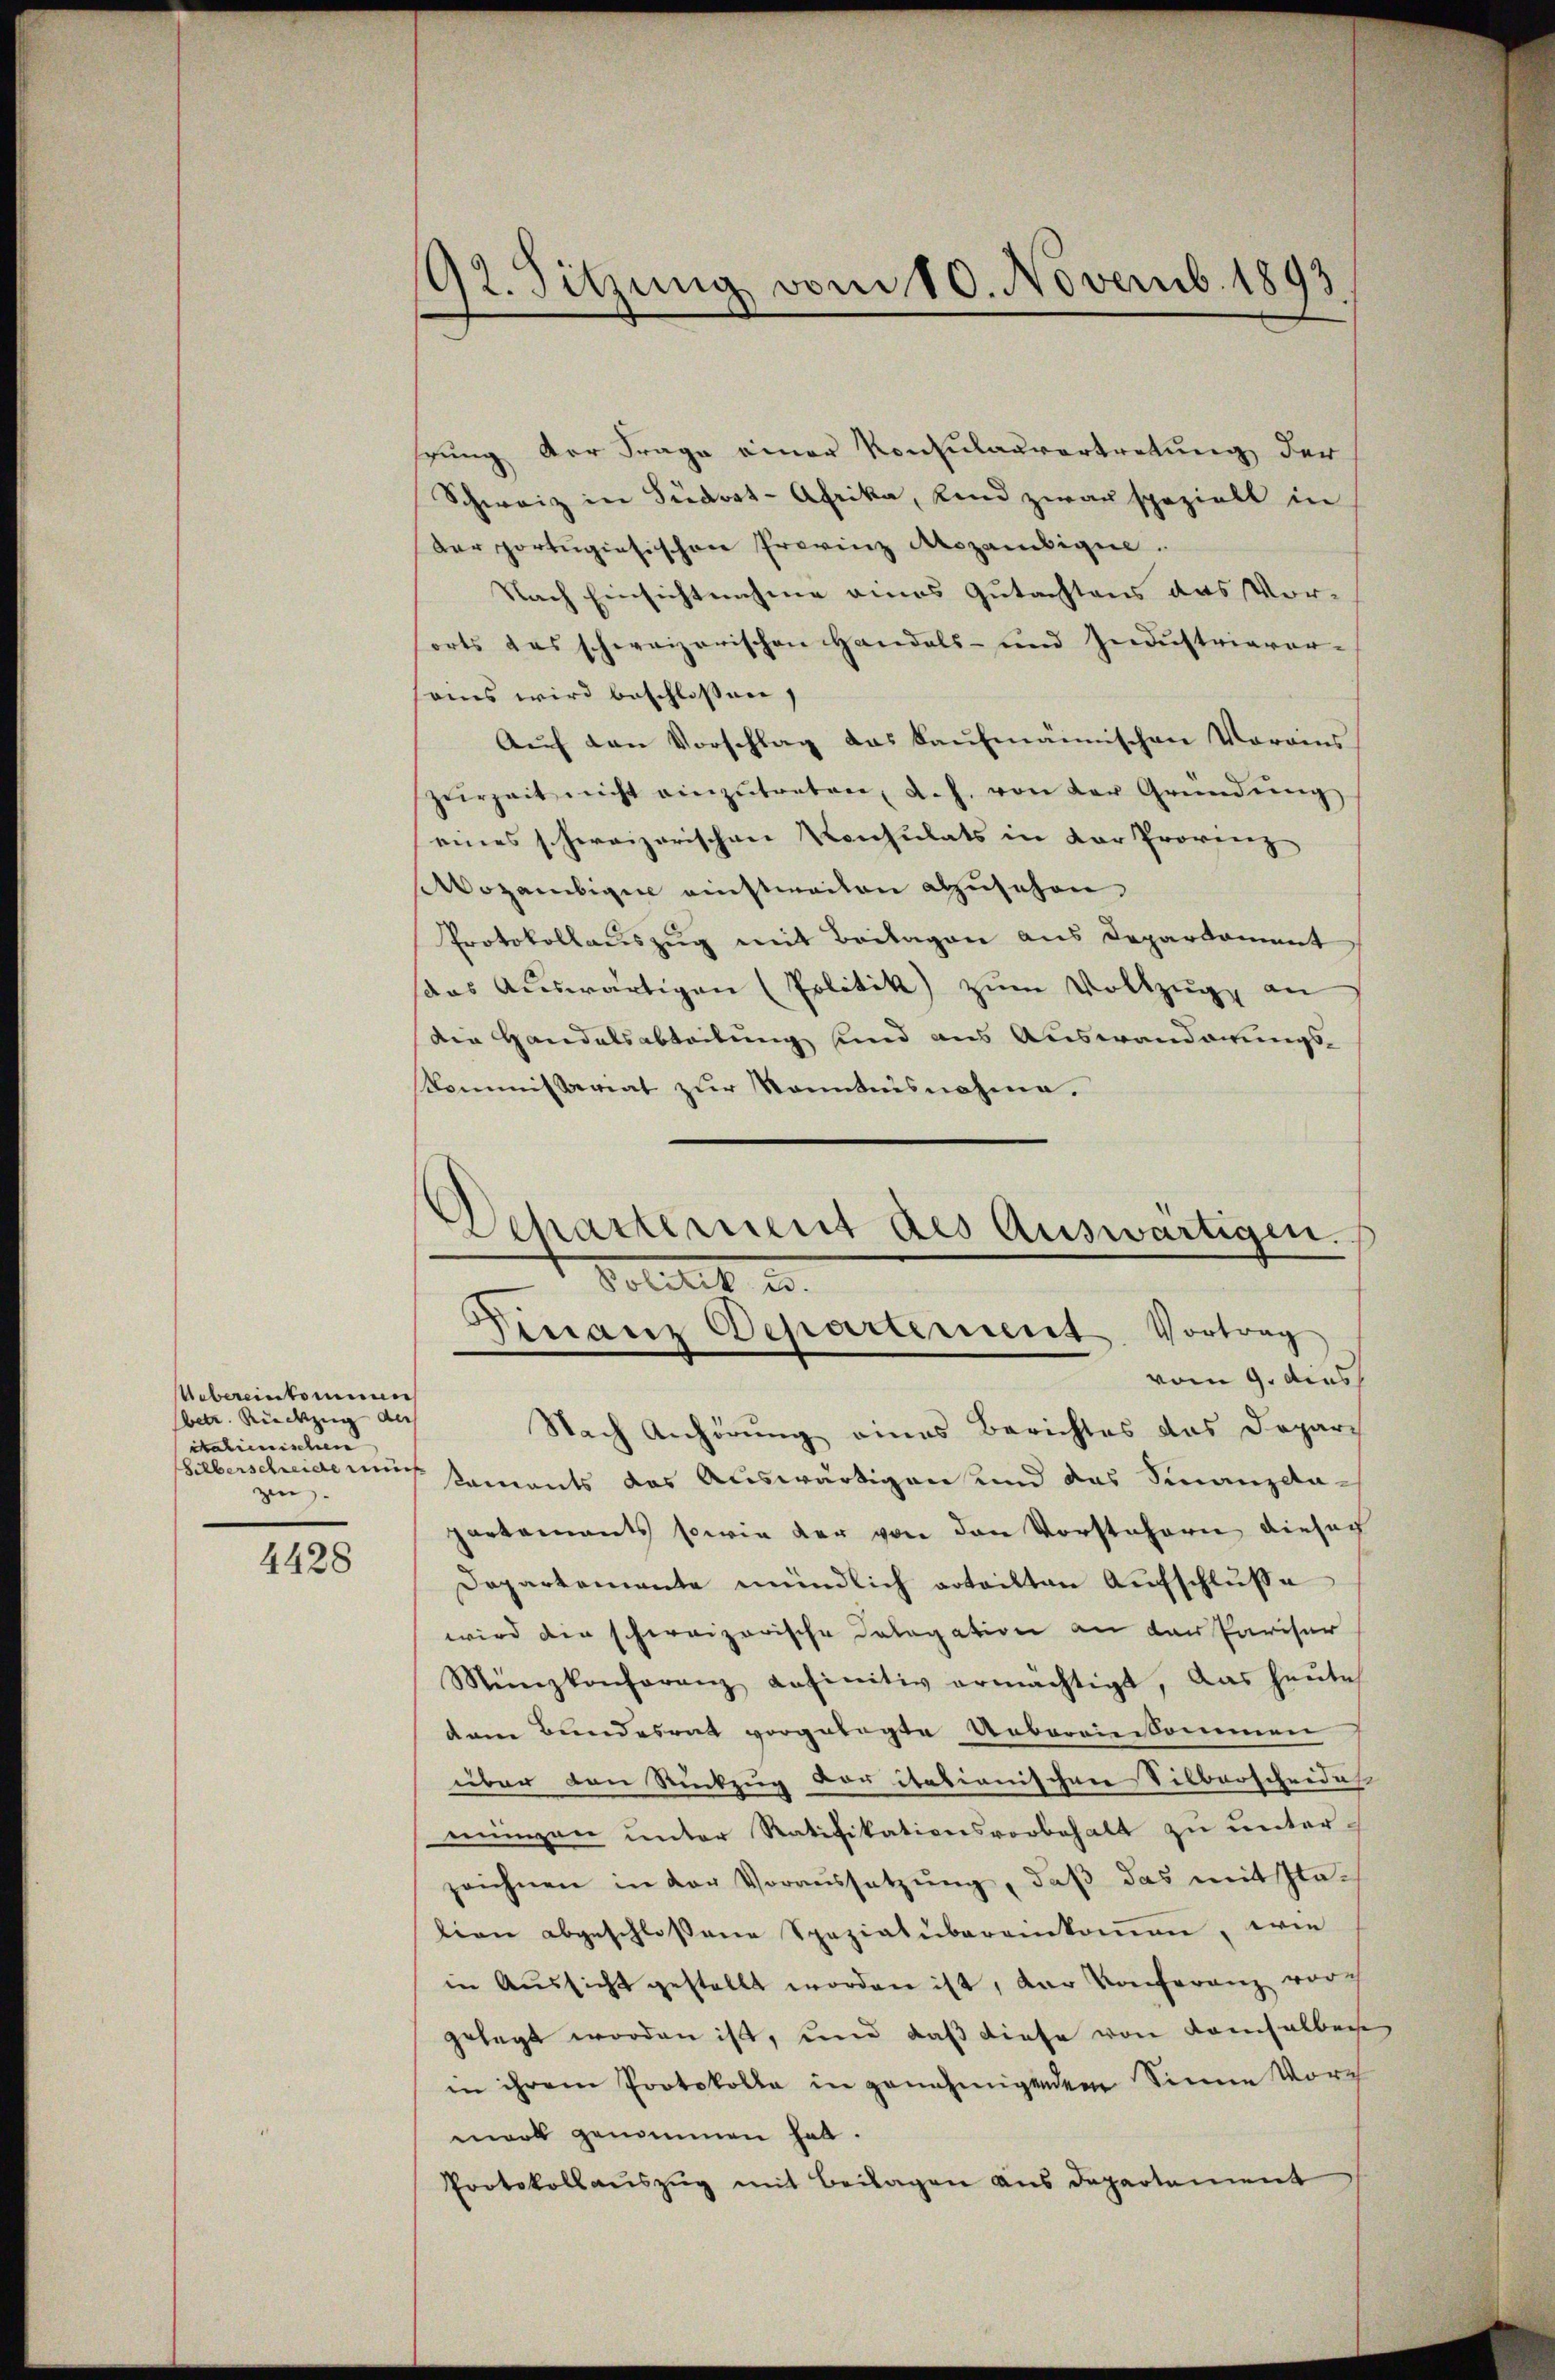
Uebereinkommen
betr. Rüeck der
italienischen
Silberschreide muß
zen. |

4428

92. Sitzung vom 10. Novemb. 1893

hrung der Frage einer Konsulauvertretung der
Schweiz in Südrot-Afrika, Kind zwar speziell in
Der portugisischen Provinz Azambige
Nach Einsichtnahme eines Gutachtens das Vororts das schweizerischen Handels- und Indŭstriarer-
ams wird beschlossen,
Aŭf den Vorschlag das Kaŭfmännischen Vorains
zŭrzeit nicht einzŭtreten, a. f. von der Gründŭng
eines schweizerischen Konsulats in der Provinz
ozambigen einstweilen abzusehen.
Protokollauszug mit Beilagen aus Departament
das Aŭswärtigen (Politik zŭm Vollzŭg an
die Handelsabteilung sind aus Auswanderungs-
Kommissariat zur Kenntnisnahme.

Departement des Auswärtigen.
Politik u.
Finanz Departement Vortrag
vom 9. dies

Nach Anhörung eines Berichtes das Deparch
kaments das Auswärtigen und das Finanzda-
partements sowie der von den Vorstehern dieser
Departemente mündlich erteilten Aŭfschlŭsse
wird der schweizerische Dalogation an der Pariser
Münzkonforanz anfinitiv ermächtigt, das heŭte
dem Bundesrat vorgelegte Uebereinkommen
über den Rückzug der itationischen Silberscheides
mungen unter Ratifikationsvorbehalt zu unterzeichnen in der Voraŭssetzŭng, daβ das mit sta-
lien abgeschlossene Speziatübereinkommen, wie
in Aŭssicht gestellt worden ist, der Konferenz vor
gelegt worden ist, und daß diese von demselber
in ihrem Protokolle in genehmigendem Sinne Vormark genommen hat.
Protokollauszug mit Beilagen aus Departement